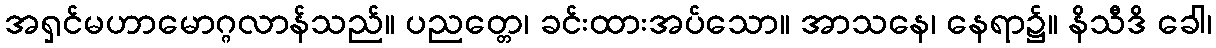
အရှင်မဟာမောဂ္ဂလာန်သည်။ ပညတ္တေ၊ ခင်းထားအပ်သော။ အာသနေ၊ နေရာ၌။ နိသီဒိ ခေါ၊